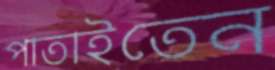
পাতাইতেন